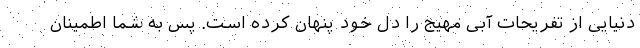
دنیایی از تفریحات آبی مهیج را دل خود پنهان کرده است. پس به شما اطمینان